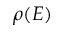
\rho ( E )